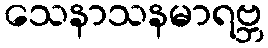
သေနာသနမာရဗ္ဘ